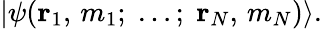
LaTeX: |\psi(\mathbf{r}_{1},\, m_{1};\; \dots;\; \mathbf{r}_{N},\, m_{N})\rangle.